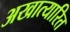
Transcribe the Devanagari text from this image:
अखात्यारित